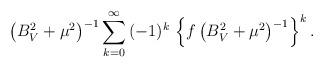
LaTeX: \begin{align*}\left(B_V^2+\mu^2\right)^{-1} \sum_{k=0}^\infty \,(-1)^k\,\left\{f\left(B_V^2+\mu^2\right)^{-1}\right\}^k .\end{align*}